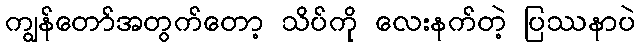
ကျွန်တော်အတွက်တော့ သိပ်ကို လေးနက်တဲ့ ပြဿနာပဲ